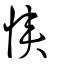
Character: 悏